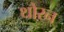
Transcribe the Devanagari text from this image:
थोरन